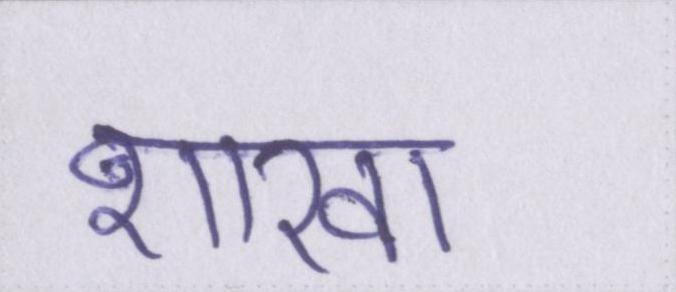
शाखा